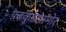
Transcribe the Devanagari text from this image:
यज्ञकुंडासमोर